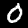
Label: 0